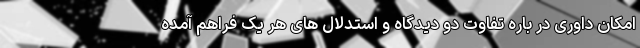
امکان داوری در باره تفاوت دو دیدگاه و استدلال های هر یک فراهم آمده